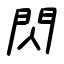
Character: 閃